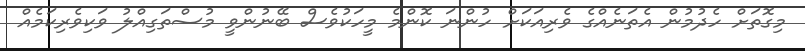
މިގޮތަށް ހެދުމުން އެތަނެއްގެ ވެރިއަކަށް ހުންނަ ކޮންމެ މީހަކުވެސް ބޭނުންވީ މުސްތަގިއްލު ވަކިވެރިކަމެއް